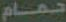
حمام